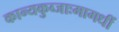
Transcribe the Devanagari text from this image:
कान्यकुब्जाःमागधीं